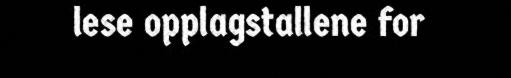
lese opplagstallene for